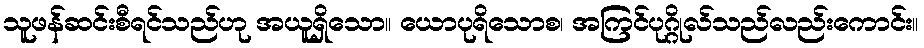
သူဖန်ဆင်းစီရင်သည်ဟု အယူရှိသော။ ယောပုရိသောစ၊ အကြင်ပုဂ္ဂိုလ်သည်လည်းကောင်း။